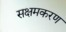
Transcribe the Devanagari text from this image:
सक्षमकरण